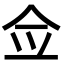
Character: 佥